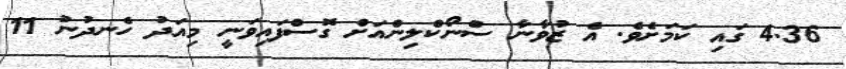
4.36 ގައި ކަމަށެވެެ. އެ ޒުވާނާ ސްނޯކްލިންއަށް ގޮސްފައިވަނީ މިއަދު ހެނދުނު 11